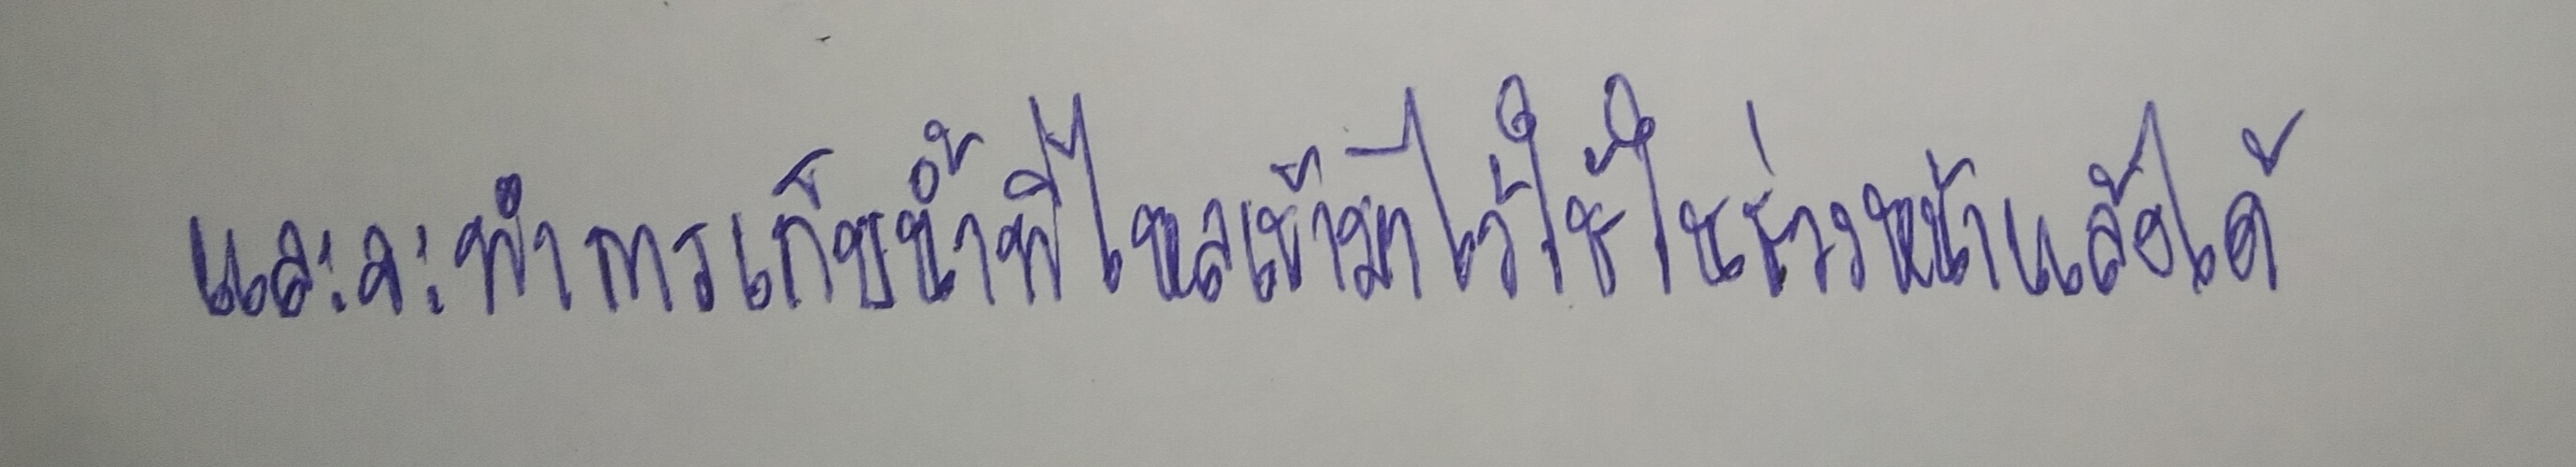
และจะทำการเก็บน้ำที่ไหลเข้ามาไว้ใช้ในช่วงหน้าแล้งได้